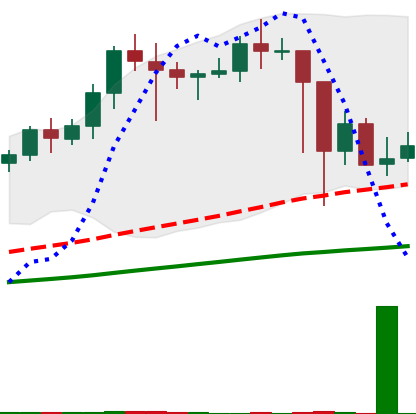
Ticker: LINK-USD
Chart end date: 2021-02-27
Forward return: 5.655%
Label: up_5_7